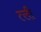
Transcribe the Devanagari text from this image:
त्ली